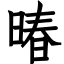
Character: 暙